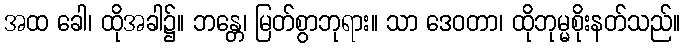
အထ ခေါ၊ ထိုအခါ၌။ ဘန္တေ၊ မြတ်စွာဘုရား။ သာ ဒေဝတာ၊ ထိုဘုမ္မစိုးနတ်သည်။